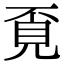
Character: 覔